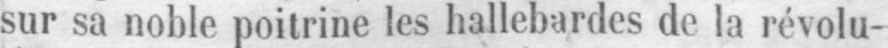
sur sa noble poitrine les hallebardes de la révolu-